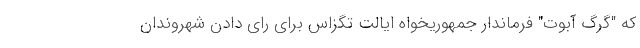
که "گرگ آبوت" فرماندار جمهوریخواه ایالت تگزاس برای رای دادن شهروندان